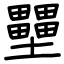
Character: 壨